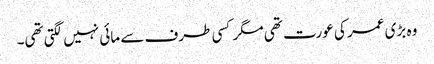
وہ بڑی عمر کی عورت تھی مگر کسی طرف سے مائی نہیں لگتی تھی۔